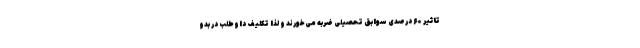
تاًثیر ۶۰ درصدی سوابق تحصیلی ضربه می‌خورند و لذا تکلیف داوطلب در بدو